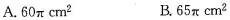
A.60π cm^{2} B.65πcm^{2}